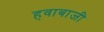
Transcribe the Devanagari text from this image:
हवाबाजी